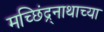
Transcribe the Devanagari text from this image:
मच्छिंद्र्नाथाच्या